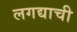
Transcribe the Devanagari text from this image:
लगद्याची